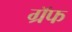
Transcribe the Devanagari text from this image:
ग्रॅफ